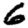
Digit: 6